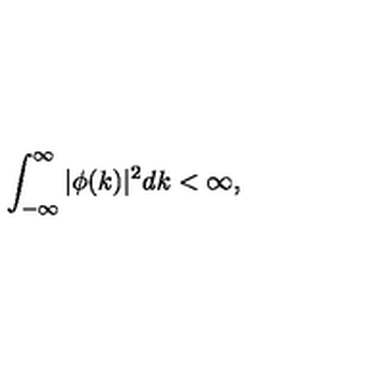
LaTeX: \int _ { - \infty } ^ { \infty } | \phi ( k ) | ^ { 2 } d k < \infty ,